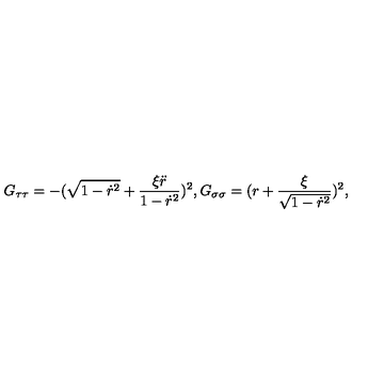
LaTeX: G _ { \tau \tau } = - ( \sqrt { 1 - \dot { r } ^ { 2 } } + \frac { \xi \ddot { r } } { 1 - \dot { r } ^ { 2 } } ) ^ { 2 } , G _ { \sigma \sigma } = ( r + \frac { \xi } { \sqrt { 1 - \dot { r } ^ { 2 } } } ) ^ { 2 } ,